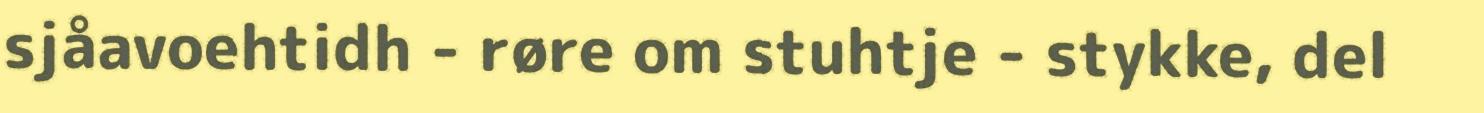
sjåavoehtidh - røre om stuhtje - stykke, del